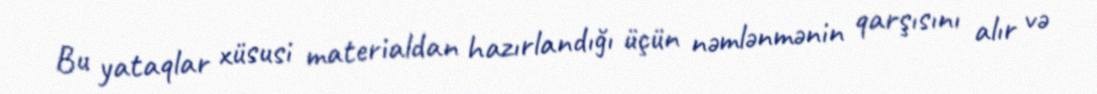
Bu yataqlar xüsusi materialdan hazırlandığı üçün nəmlənmənin qarşısını alır və